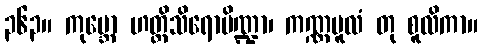
၃၆၃။ ကုမ္ဘော ဟတ္ထိသိရောပိဏ္ဍာ၊ ကဏ္ဏမူလံ တု စူလိကာ။